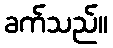
ခက်သည်။